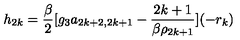
h _ { 2 k } = \frac { \beta } { 2 } [ g _ { 3 } a _ { 2 k + 2 , 2 k + 1 } - \frac { 2 k + 1 } { \beta \rho _ { 2 k + 1 } } ] ( - r _ { k } )